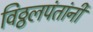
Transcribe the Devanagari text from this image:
विठ्ठलपंतांनी